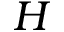
H